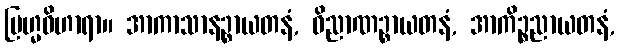
ဗြဟ္မဝိဟာရာ။ အာကာသာနဉ္စာယတနံ, ဝိညာဏဉ္စာယတနံ, အာကိဉ္စညာယတနံ,